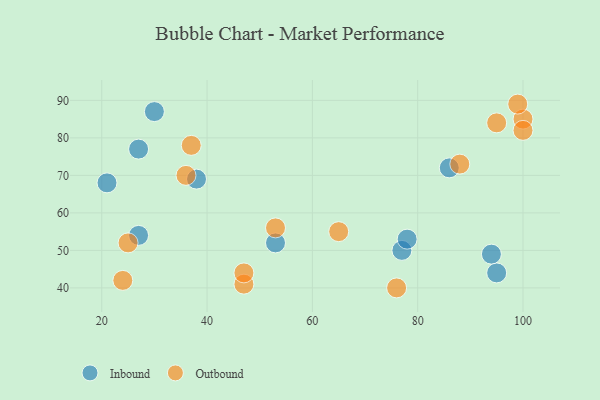
{"axis": {"x": "GDP", "y": "Life Expectancy"}, "legend": ["Inbound", "Outbound"], "data": [{"x": "27", "y": 77, "type": "Inbound"}, {"x": "53", "y": 52, "type": "Inbound"}, {"x": "95", "y": 44, "type": "Inbound"}, {"x": "38", "y": 69, "type": "Inbound"}, {"x": "21", "y": 68, "type": "Inbound"}, {"x": "30", "y": 87, "type": "Inbound"}, {"x": "77", "y": 50, "type": "Inbound"}, {"x": "27", "y": 54, "type": "Inbound"}, {"x": "94", "y": 49, "type": "Inbound"}, {"x": "86", "y": 72, "type": "Inbound"}, {"x": "78", "y": 53, "type": "Inbound"}, {"x": "47", "y": 41, "type": "Outbound"}, {"x": "47", "y": 44, "type": "Outbound"}, {"x": "65", "y": 55, "type": "Outbound"}, {"x": "25", "y": 52, "type": "Outbound"}, {"x": "100", "y": 85, "type": "Outbound"}, {"x": "95", "y": 84, "type": "Outbound"}, {"x": "76", "y": 40, "type": "Outbound"}, {"x": "99", "y": 89, "type": "Outbound"}, {"x": "53", "y": 56, "type": "Outbound"}, {"x": "100", "y": 82, "type": "Outbound"}, {"x": "88", "y": 73, "type": "Outbound"}, {"x": "24", "y": 42, "type": "Outbound"}, {"x": "37", "y": 78, "type": "Outbound"}, {"x": "36", "y": 70, "type": "Outbound"}]}